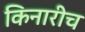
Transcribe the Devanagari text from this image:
किनारीच